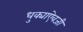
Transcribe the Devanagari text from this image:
धुक्याऐवजी